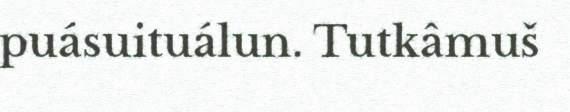
puásuituálun. Tutkâmuš